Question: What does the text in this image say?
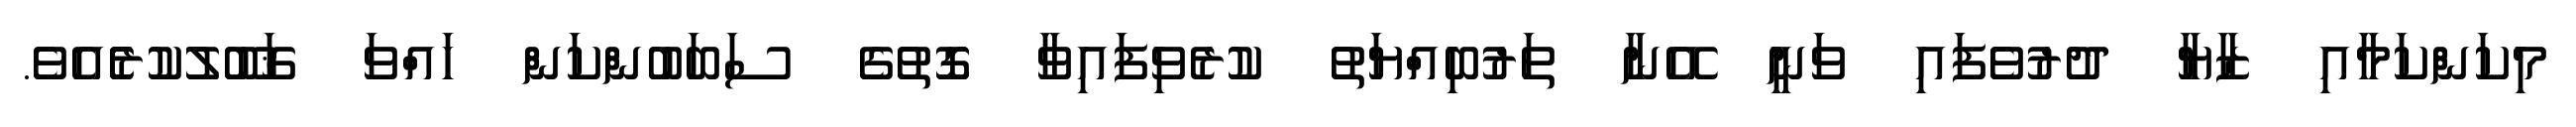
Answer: މިކަންކަމާއި ޒާޔާ ދުރުވެފައި ވަނީ އޭނާ ތަރުބިއްޔަތު ކުރެވިފައިވާ ގޮތުގެ ސަބަބުންކަން ހައްވަ ޤަބޫލުކުރެެެއެވެ.